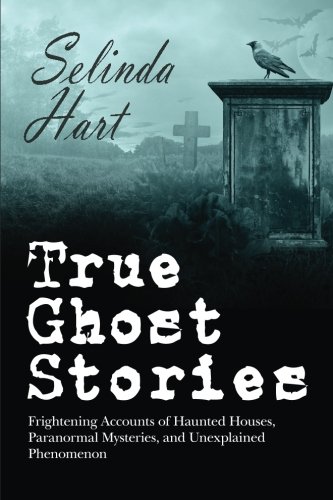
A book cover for True Ghost Stories: Frightening Accounts of Haunted Houses, Paranormal Mysteries, and Unexplained Phenomenon; Selinda Hart; Religion & Spirituality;